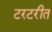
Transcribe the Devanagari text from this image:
टरटरीत